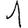
Digit: 1